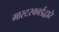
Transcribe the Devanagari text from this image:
मास्टरकार्डद्वारे